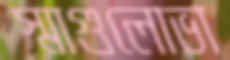
স্মাগুলোভা